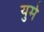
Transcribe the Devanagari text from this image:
युमे